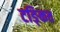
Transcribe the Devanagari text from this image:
टङ्कित